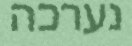
נערכה